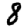
Digit: 8